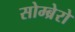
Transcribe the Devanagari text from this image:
सोम्ब्रेरो